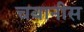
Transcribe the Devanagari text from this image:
चबानीस